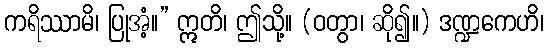
ကရိဿာမိ၊ ပြုအံ့။” ဣတိ၊ ဤသို့။ (ဝတွာ၊ ဆို၍။) ဒဏ္ဍကေဟိ၊